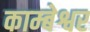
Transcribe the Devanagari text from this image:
काम्बेश्वर